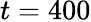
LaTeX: t=400